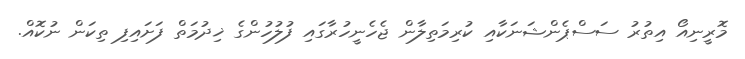
މޮރީނިއޯ އިތުރު ސަސްޕެންޝަނަކާއި ކުރިމަތިލާން ޖެހެނީހުރާގައި ފުލުހުންގެ ޚިދުމަތް ފަށައިފި ތިކަން ނުކޮއް.